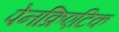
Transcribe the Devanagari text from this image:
पेनक्रिएटिक